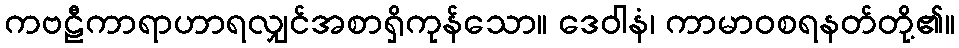
ကဗဠီကာရာဟာရလျှင်အစာရှိကုန်သော။ ဒေဝါနံ၊ ကာမာဝစရနတ်တို့၏။